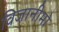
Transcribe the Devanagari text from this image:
विजानीमो